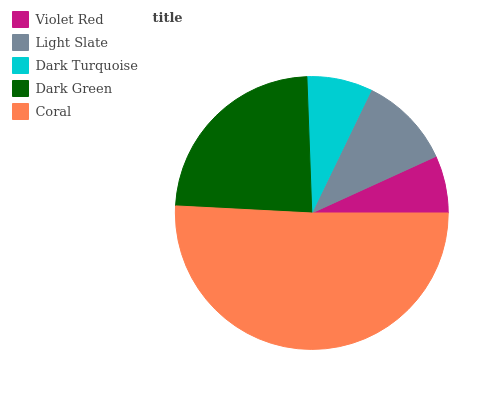
| Violet Red | Light Slate | Dark Turquoise | Dark Green | Coral |
 | --- | --- | --- | --- | --- |
 | 6.82% | 11% | 7.76% | 23.6% | 50.8% |